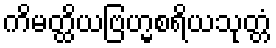
ကိမတ္ထိယဗြဟ္မစရိယသုတ္တံ